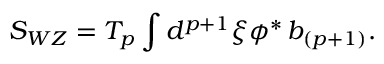
S _ { W Z } = T _ { p } \int d ^ { p + 1 } \xi \phi ^ { * } \, b _ { ( p + 1 ) } .